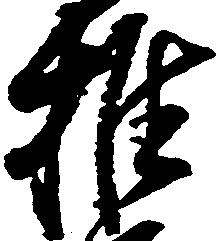
推